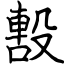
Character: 毄